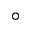
^ { \circ }